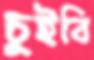
চুইবি